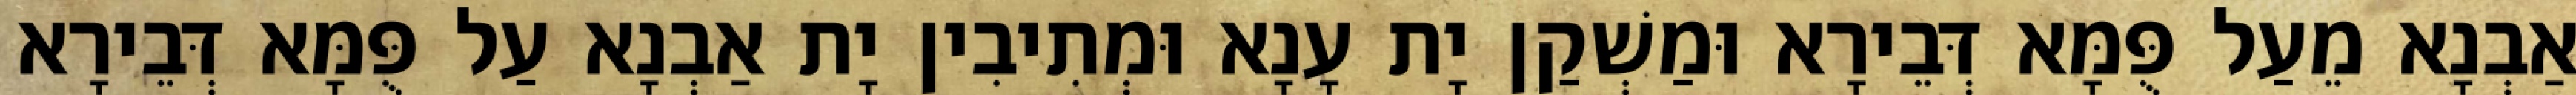
אַבְנָא מֵעַל פֻּמָּא דְּבֵירָא וּמַשְׁקַן יָת עָנָא וּמְתִיבִין יָת אַבְנָא עַל פֻּמָּא דְּבֵירָא